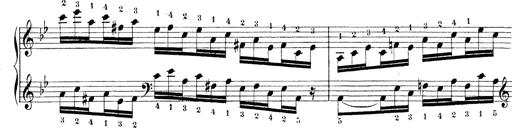
Title: Technische Studien
Composer: Franz Liszt